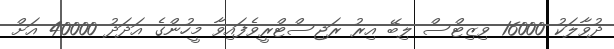
ދުވާލަކު 16000 ވިޒިޓްސް ލިބޭ އިރު ރަޖިސްޓްރީވެފައިވާ މީހުންގެ އަދަދު 40000 އަށް